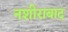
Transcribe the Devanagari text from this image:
नशीराबाद